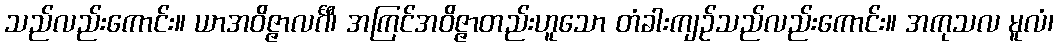
သည်လည်းကောင်း။ ယာအဝိဇ္ဇာလင်္ဂီ၊ အကြင်အဝိဇ္ဇာတည်းဟူသော တံခါးကျဉ်သည်လည်းကောင်း။ အကုသလ မူလံ၊